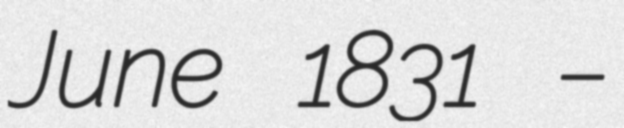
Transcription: June 1831 –